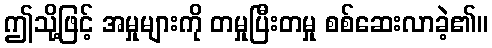
ဤသို့ဖြင့် အမှုများကို တမှုပြီးတမှု စစ်ဆေးလာခဲ့၏။